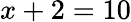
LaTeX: x+2=10